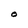
Character: O